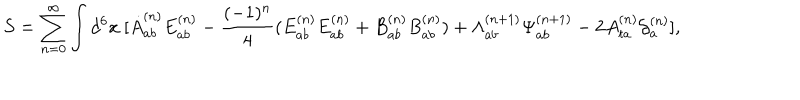
S = \sum _ { n = 0 } ^ { \infty } \int d ^ { 6 } x \ [ \dot { A } _ { a b } ^ { ( n ) } E _ { a b } ^ { ( n ) } - \frac { ( - 1 ) ^ { n } } { 4 } ( E _ { a b } ^ { ( n ) } E _ { a b } ^ { ( n ) } + B _ { a b } ^ { ( n ) } B _ { a b } ^ { ( n ) } ) + { \Lambda } _ { a b } ^ { ( n + 1 ) } { \Psi } _ { a b } ^ { ( n + 1 ) } - 2 A _ { t a } ^ { ( n ) } { \cal G } _ { a } ^ { ( n ) } ] ,